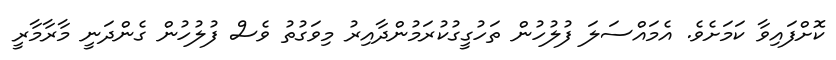
ކޮށްފައިވާ ކަމަށެވެ. އެމައްސަލަ ފުލުހުން ތަހުގީގުކުރަމުންދާއިރު މިވަގުތު ވެސް ފުލުހުން ގެންދަނީ މާރާމާރީ